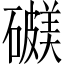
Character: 𥖺